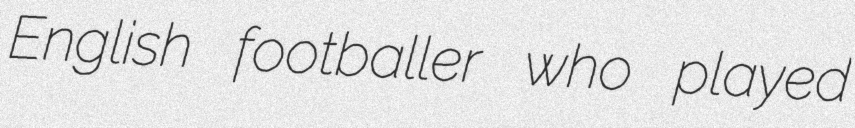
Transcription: English footballer who played